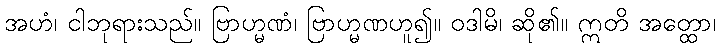
အဟံ၊ ငါဘုရားသည်။ ဗြာဟ္မဏံ၊ ဗြာဟ္မဏဟူ၍။ ဝဒါမိ၊ ဆို၏။ ဣတိ အတ္ထော၊